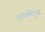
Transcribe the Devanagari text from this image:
आयलँड्स